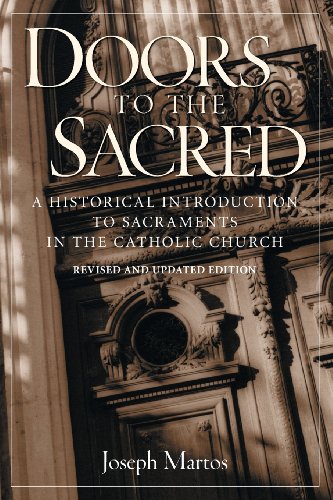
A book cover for Doors to the Sacred: A Historical Introduction to Sacraments in the Catholic Church; Joseph Martos; Christian Books & Bibles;